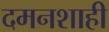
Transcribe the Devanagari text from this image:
दमनशाही